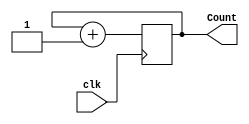
`timescale 1ns / 1ps
//////////////////////////////////////////////////////////////////////////////////
// Company: 
// Engineer: 
// 
// Design Name: 
// Module Name:    ProgramCounter 
// Project Name: 
// Target Devices: 
// Tool versions: 
// Description: 
//
// Dependencies: 
//
// Revision: 
// Revision 0.01 - File Created
// Additional Comments: 
//
//////////////////////////////////////////////////////////////////////////////////
module ProgramCounter(
	 input clk,
    output reg [15:0] Count
    );
	
	 initial begin
	 Count = -1;
	 end
	 
	 always @(posedge clk)
	 begin
	 Count = Count + 1;
	 end


endmodule